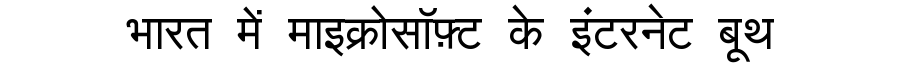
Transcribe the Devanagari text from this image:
भारत में माइक्रोसॉफ़्ट के इंटरनेट बूथ